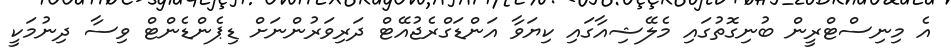
އެ މިނިސްޓްރީން ބުނިގޮތުގައި މެލޭޝިއާގައި ކިޔަވާ އަންޑަގްރެޖުއޭޓް ދަރިވަރުންނަށް ޑިޕެންޑެންޓް ވިސާ ދިނުމަކީ